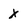
Character: X